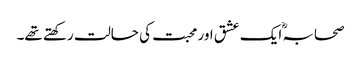
صحابہؓ ایک عشق اور محبت کی حالت رکھتے تھے۔